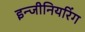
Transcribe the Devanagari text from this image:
इन्‍जीनियरिंग